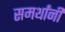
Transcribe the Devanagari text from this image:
समर्थांनीं